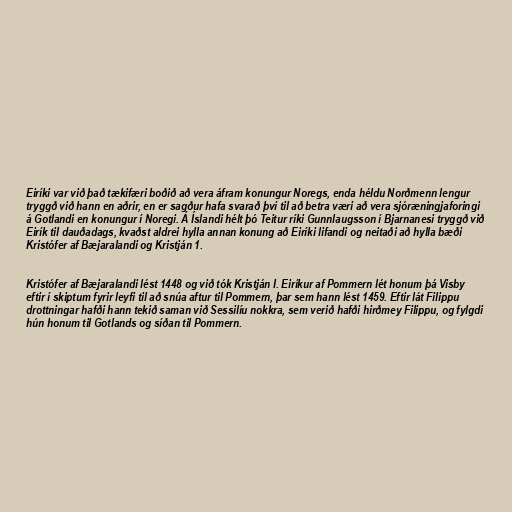
Eiríki var við það tækifæri boðið að vera áfram konungur Noregs, enda héldu Norðmenn lengur
tryggð við hann en aðrir, en er sagður hafa svarað því til að betra væri að vera sjóræningjaforingi
á Gotlandi en konungur í Noregi. Á Íslandi hélt þó Teitur ríki Gunnlaugsson í Bjarnanesi tryggð við
Eirík til dauðadags, kvaðst aldrei hylla annan konung að Eiríki lifandi og neitaði að hylla bæði
Kristófer af Bæjaralandi og Kristján 1.

Kristófer af Bæjaralandi lést 1448 og við tók Kristján I. Eiríkur af Pommern lét honum þá Visby
eftir í skiptum fyrir leyfi til að snúa aftur til Pommern, þar sem hann lést 1459. Eftir lát Filippu
drottningar hafði hann tekið saman við Sessilíu nokkra, sem verið hafði hirðmey Filippu, og fylgdi
hún honum til Gotlands og síðan til Pommern.